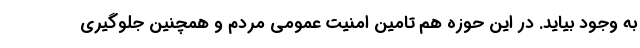
به وجود بیاید. در این حوزه هم تامین امنیت عمومی مردم و همچنین جلوگیری